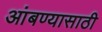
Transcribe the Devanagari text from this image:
आंबण्यासाठी